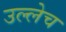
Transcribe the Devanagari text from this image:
उल्लेच